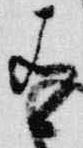
有